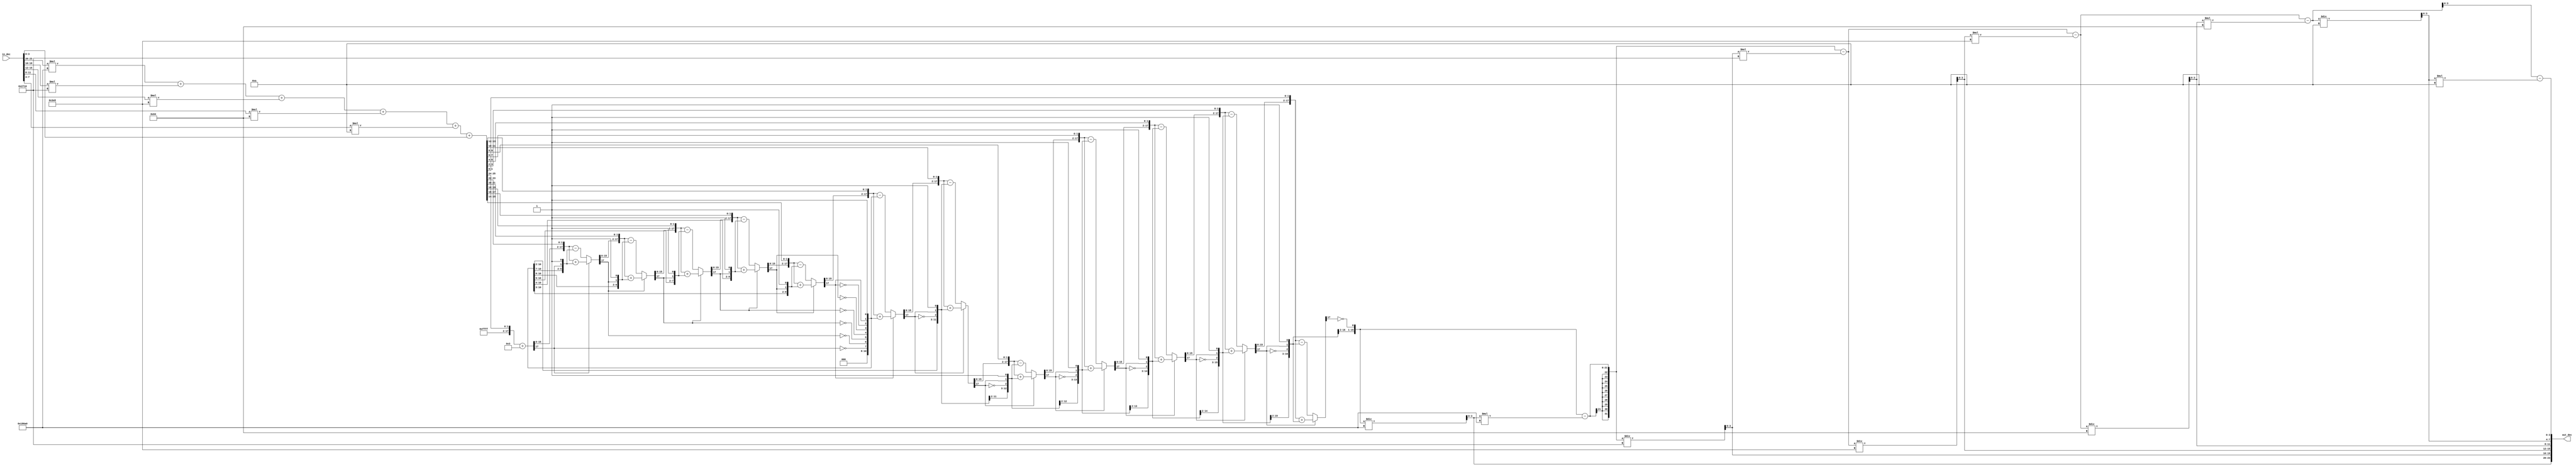


module newton(in_dec, out_dec);
   input [23:0] in_dec;
   output [23:0] out_dec;   
   
   wire [31:0] inVal;
   reg  [31:0] outVal;
   //reg  [19:0] outVal;
   
   //run u1(.num(inVal), .root(outVal));


   assign inVal = in_dec[23:20]*20'd100000 +
						 in_dec[19:16]*20'd10000 +
						 in_dec[15:12]*20'd1000 +
						 in_dec[11:8]*20'd100 +
						 in_dec[7:4]*20'd10 +
						 in_dec[3:0];
   
   	assign out_dec[23:20] = (outVal/20'd100000) ;
	
   	assign out_dec[19:16] = (outVal - out_dec[23:20] *20'd100000) / 20'd10000;

   	assign out_dec[15:12] = (outVal - out_dec[23:20] *20'd100000 - 
										out_dec[19:16] * 20'd10000) / 20'd1000;

   	assign out_dec[11:8] = (outVal - out_dec[23:20] *20'd100000 - 
										out_dec[19:16] * 20'd10000 -
										out_dec[15:12] *20'd1000) / 20'd100;

	assign out_dec[7:4] = (outVal - out_dec[23:20] *20'd100000 - 
									out_dec[19:16] * 20'd10000 -
									out_dec[15:12] *20'd1000 - 
									out_dec[11:8]*20'd100) / 20'd10;

	assign out_dec[3:0] = (outVal - out_dec[23:20] *20'd100000 - 
									out_dec[19:16] * 20'd10000 -
									out_dec[15:12] *20'd1000 - 
									out_dec[11:8]*20'd100- 
									out_dec[7:4]*20'd10) ;
function [15:0] sqrt;
    input [31:0] num;  //declare input
    //intermediate signals.
    reg [31:0] a;
    reg [15:0] q;
    reg [17:0] left,right,r;    
    integer i;
begin
    //initialize all the variables.
    a = num;
    q = 0;
    i = 0;
    left = 0;   //input to adder/sub
    right = 0;  //input to adder/sub
    r = 0;  //remainder
    //run the calculations for 16 iterations.
    for(i=0;i<16;i=i+1) begin 
        right = {q,r[17],1'b1};
        left = {r[15:0],a[31:30]};
        a = {a[29:0],2'b00};    //left shift by 2 bits.
        if (r[17] == 1) //add if r is negative
            r = left + right;
        else    //subtract if r is positive
            r = left - right;
        q = {q[14:0],!r[17]};       
    end
    sqrt = q;   //final assignment of output.
end
endfunction //end of Function

always @(*) begin
		outVal = sqrt(inVal);
end


endmodule